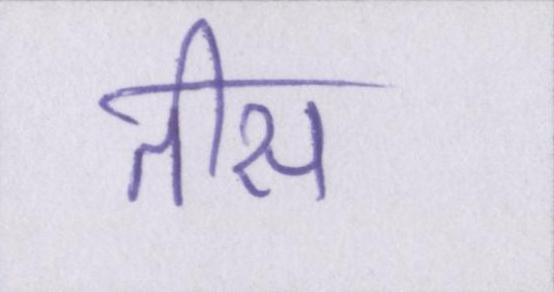
तीस